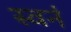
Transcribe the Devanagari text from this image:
स्वनं